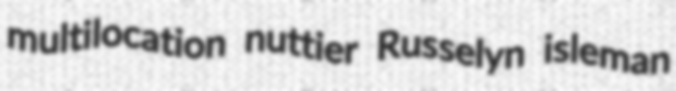
multilocation nuttier Russelyn isleman